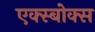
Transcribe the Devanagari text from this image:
एक्स्बोक्स